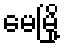
မေမြို့